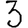
Digit: 3